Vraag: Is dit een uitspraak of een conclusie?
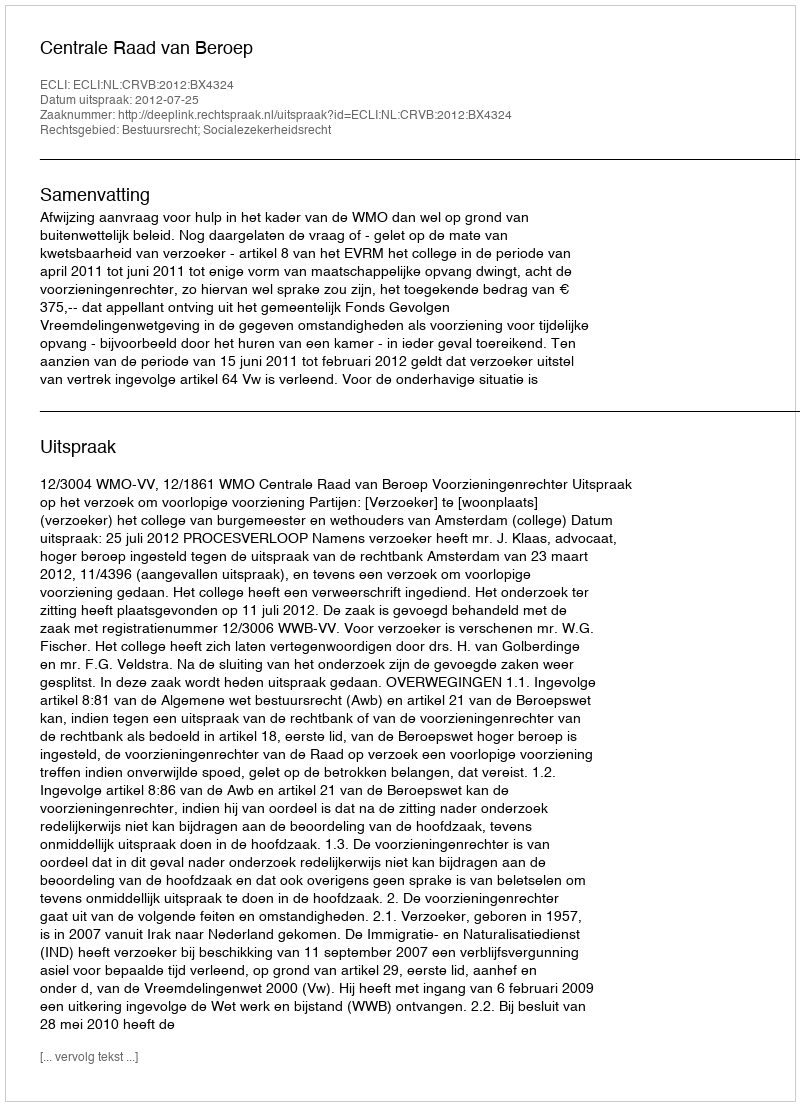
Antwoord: Uitspraak